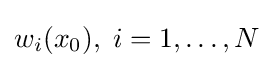
w_{i}(x_{0}),\;i=1,\ldots ,N